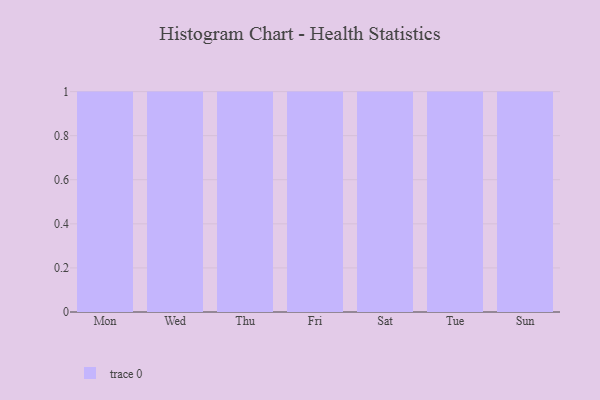
{"axis": {"x": "Day", "y": "Customer Acquisition Cost (USD)"}, "legend": [""], "data": [{"x": "Mon", "y": 60, "type": ""}, {"x": "Wed", "y": 32, "type": ""}, {"x": "Thu", "y": 46, "type": ""}, {"x": "Fri", "y": 13, "type": ""}, {"x": "Sat", "y": 50, "type": ""}, {"x": "Tue", "y": 29, "type": ""}, {"x": "Sun", "y": 81, "type": ""}]}